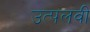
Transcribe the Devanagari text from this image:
उत्पलवी